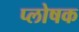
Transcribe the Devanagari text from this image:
प्लोषक